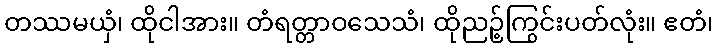
တဿမယှံ၊ ထိုငါအား။ တံရတ္တာဝသေသံ၊ ထိုညဉ့်ကြွင်းပတ်လုံး။ ဧတံ၊